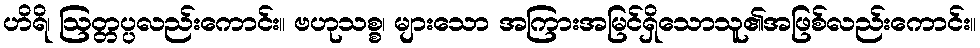
ဟိရိ၊ ဩတ္တပ္ပလည်းကောင်း။ ဗဟုသစ္စ၊ များသော အကြားအမြင်ရှိသောသူ၏အဖြစ်လည်းကောင်း။